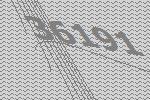
36191